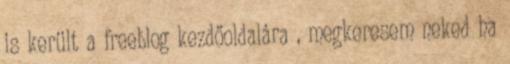
is került a freeblog kezdőoldalára , megkeresem neked ha